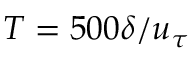
T = 5 0 0 \delta / u _ { \tau }